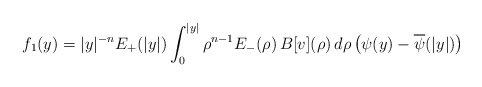
\begin{align*}f_1(y)=|y|^{-n} E_+(|y|)\int_0^{|y|}\rho^{n-1} E_-(\rho)\,B[v](\rho)\,d\rho\left(\psi(y)-\overline{\psi}(|y|)\right)\end{align*}